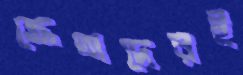
ক্রেতাদেরই